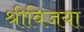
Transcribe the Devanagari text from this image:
श्रीविजया